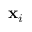
\mathbf { x } _ { i }